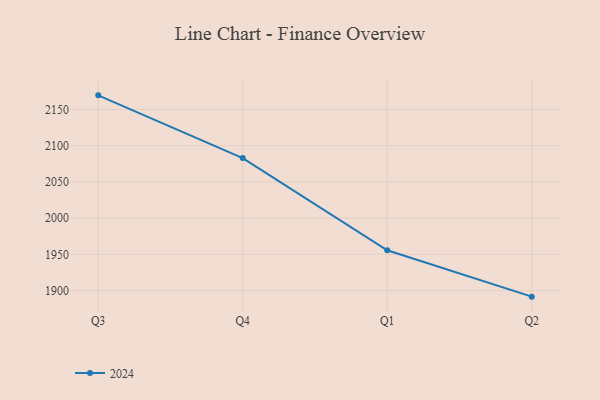
{"axis": {"x": "Quarter", "y": "Net Income (USD K)"}, "legend": ["2024"], "data": [{"x": "Q3", "y": 2169.4, "type": "2024"}, {"x": "Q4", "y": 2082.9, "type": "2024"}, {"x": "Q1", "y": 1955.7, "type": "2024"}, {"x": "Q2", "y": 1891.7, "type": "2024"}]}